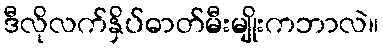
ဒီလိုလက်နှိပ်ဓာတ်မီးမျိုးကဘာလဲ။